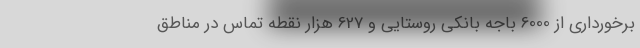
برخورداری از 6000 باجه بانکی روستایی و 627 هزار نقطه تماس در مناطق